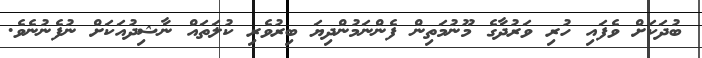
ބުދަކަށް ވެފައި ހުރި ވަރުދާގެ މޫނުމަތިން ފެންނަމުންދިޔަ ބިރުވެރި ކުލަތައް ނާޝިދުއަކަށް ނުފެނުނެވެ.